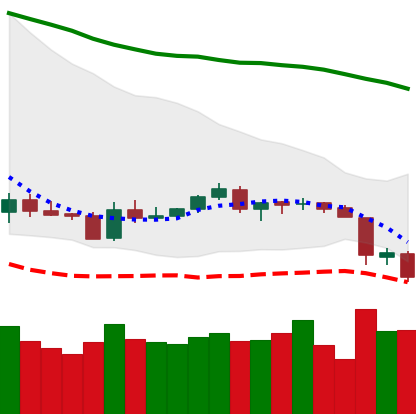
Ticker: LTC-USD
Chart end date: 2018-06-12
Forward return: -4.615%
Label: down_3_5